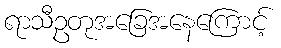
ရာသီဥတုအခြေအနေကြောင့်